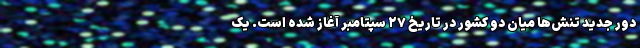
دور جدید تنش‌ها میان دو کشور در تاریخ ۲۷ سپتامبر آغاز شده است. یک